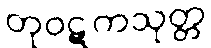
တုဝဋကသုတ္တ